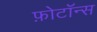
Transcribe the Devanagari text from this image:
फ़ोटॉन्स